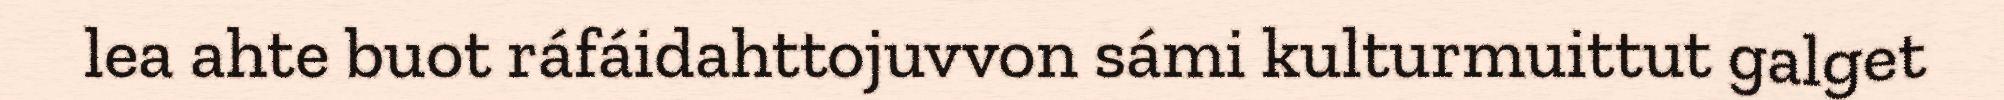
lea ahte buot ráfáidahttojuvvon sámi kulturmuittut galget